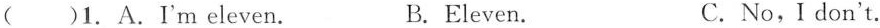
( )1. A.I'm eleven. B.Eleven. C.No, I don't.